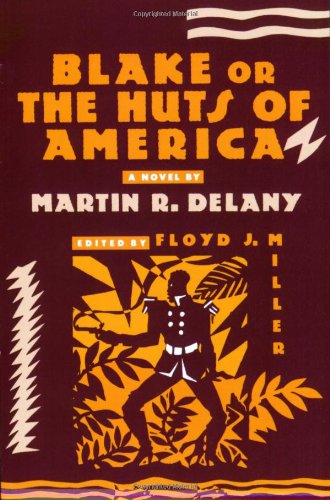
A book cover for Blake or The Huts of America; Martin R. Delany; Literature & Fiction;